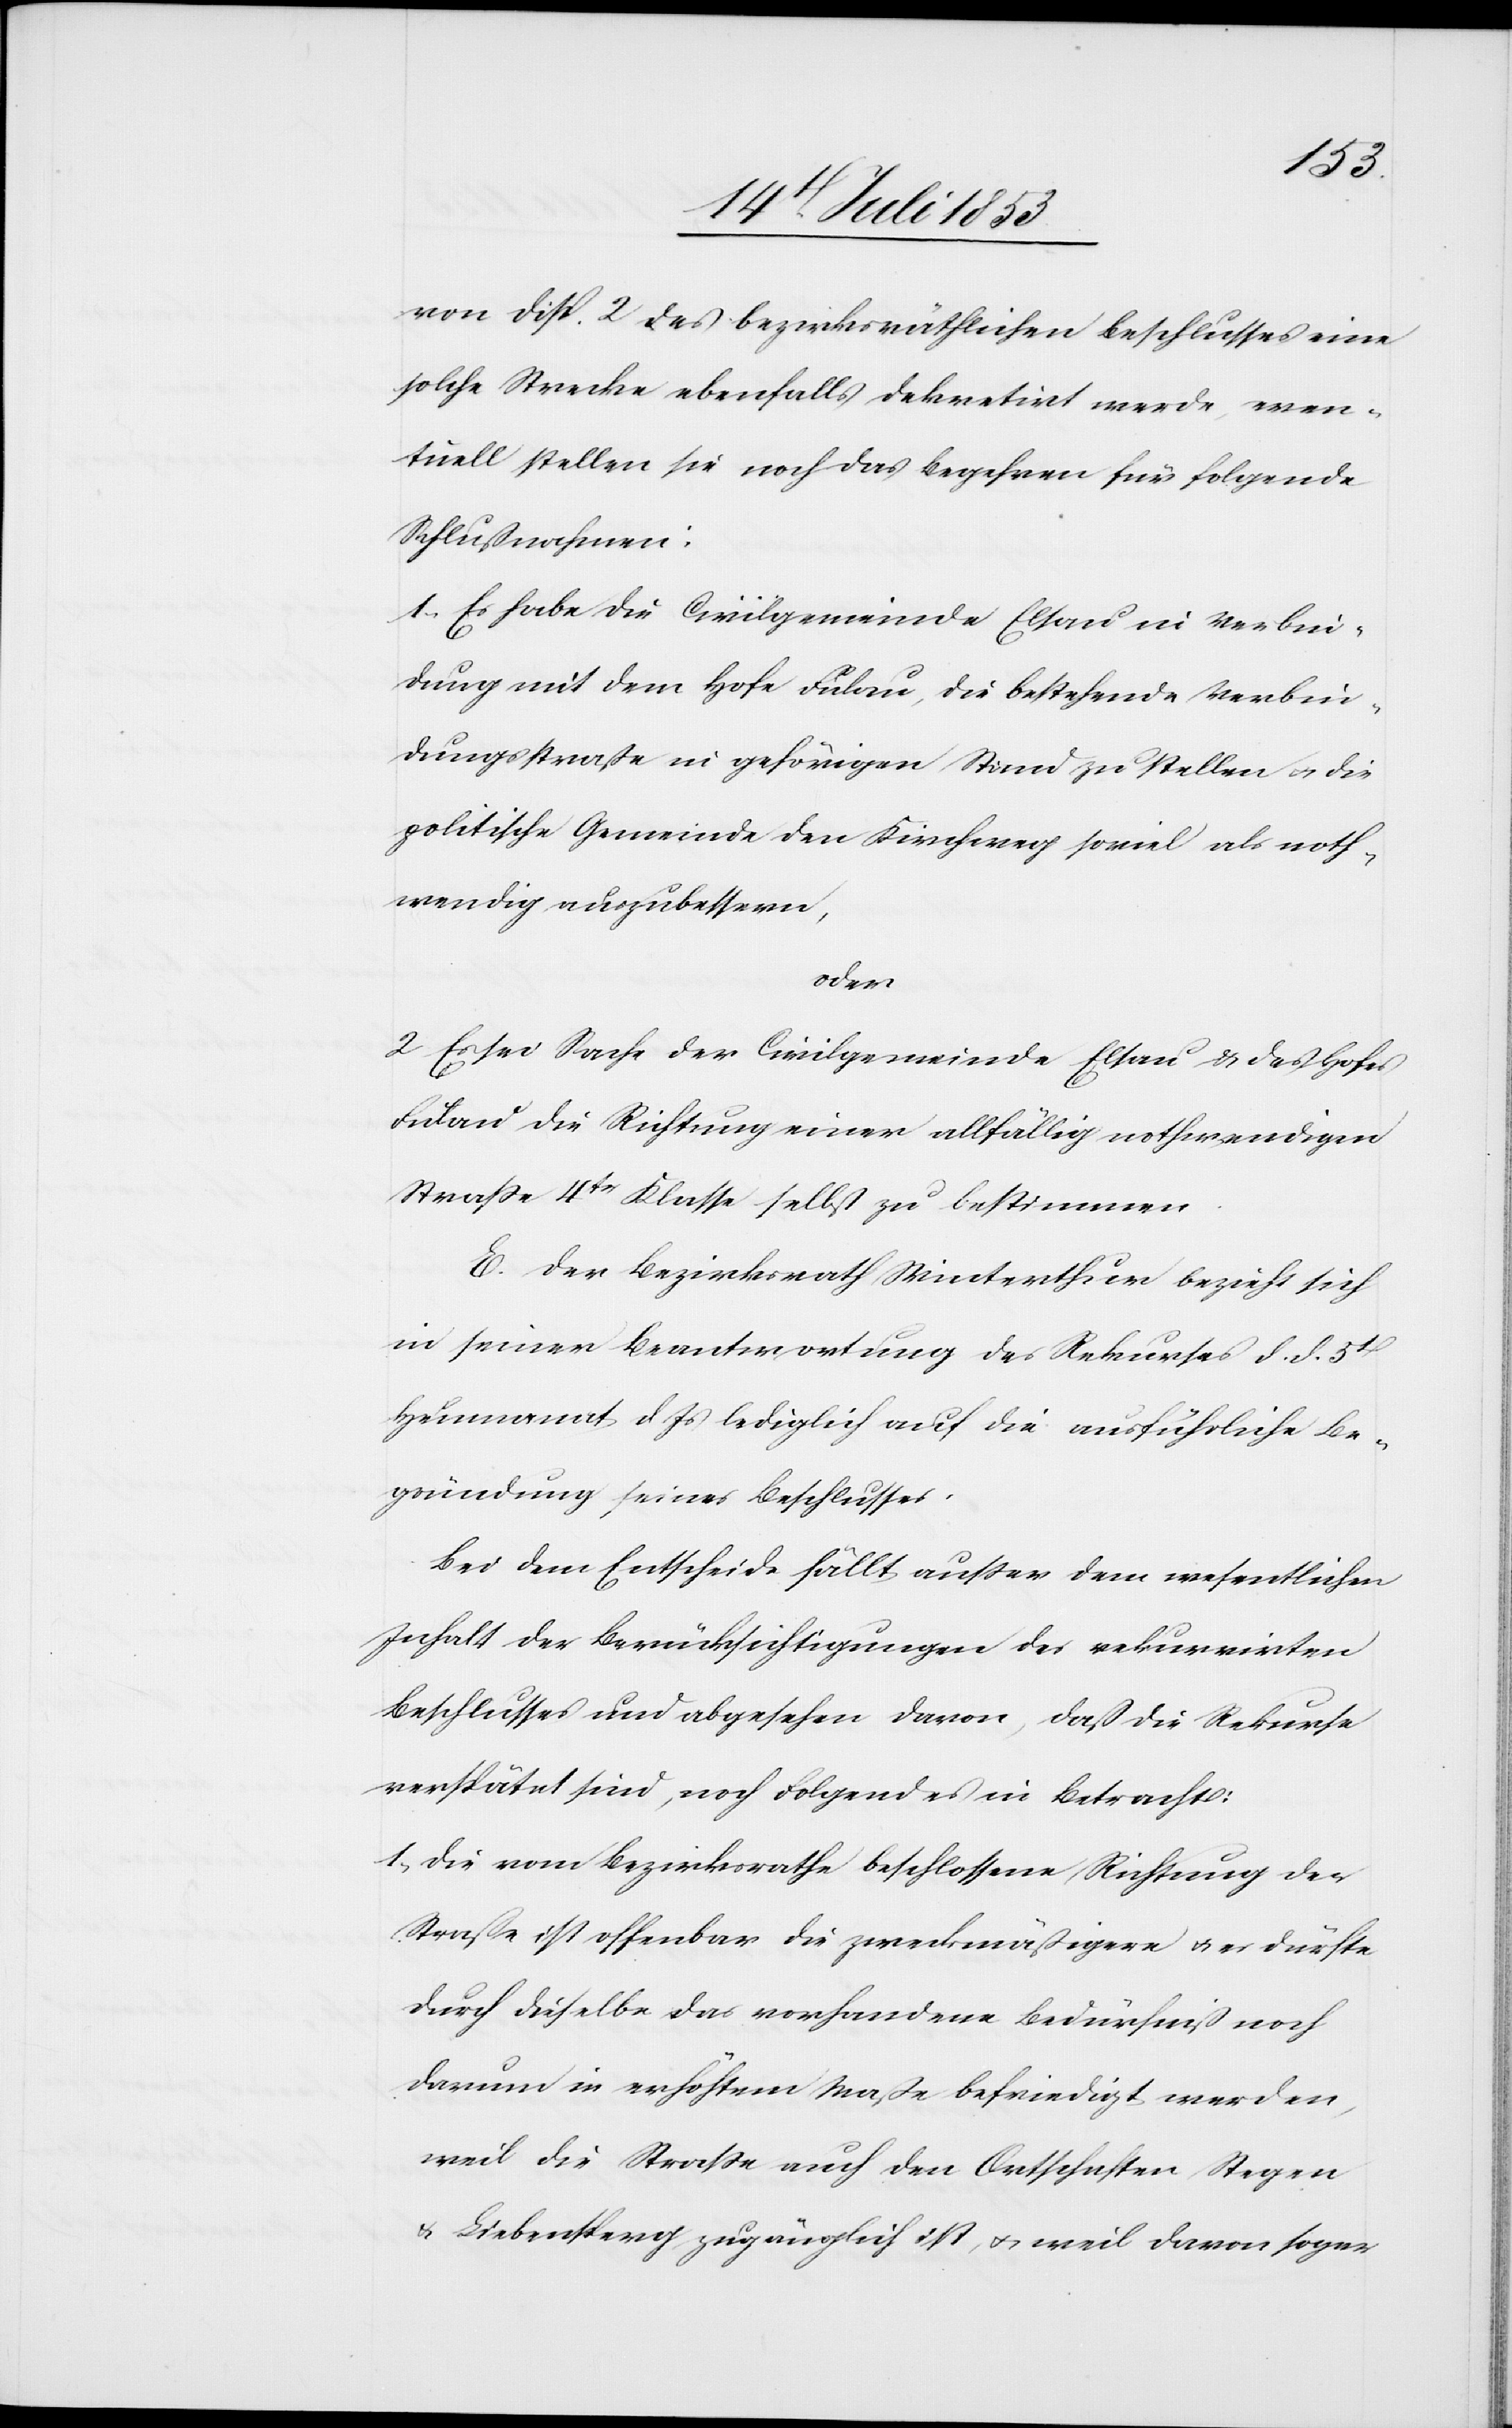
von Disp. 2 des bezirksräthlichen Beschlusses eine
solche Strecke ebenfalls dekretirt werde, even¬
tuell stellen sie noch das Begehren für folgende
Schlußnahmen:
1, Es habe die Civilgemeinde Elsau in Verbin¬
dung mit dem Hofe Fulau, die bestehende Verbin¬
dungsstraße in gehörigen Stand zu stellen u. die
politische Gemeinde den Kirchweg soviel als noth¬
wendig auszubessern,
oder,
2, Es sei Sache der Civilgemeinde Elsau u. des Hofes
Fulau die Richtung einer allfälligen nothwendigen
Straße 4tr Klasse selbst zu bestimmen.
E. Der Bezirksrath Winterthur bezieht sich
in seiner Beantwortung des Rekurses d. d. 5t
Heumonat d. Js. lediglich auf die ausführliche Be¬
gründung seines Beschlusses.
Bei dem Entscheide fällt außer dem wesentlichen
Inhalt der Berücksichtigungen des rekurrirten
Beschlußes und abgesehen davon, daß die Rekurse
verspätet sind, noch Folgendes in Betracht:
1, die vom Bezirksrathe beschlossene Richtung der
Straße ist offenbar die zweckmäßigere u. es dürfte
durch dieselbe das vorhandene Bedürfniß noch
darum in erhöhtem Maße befriedigt werden,
weil die Straße auch den Ortschaften Stegen
u. Liebensperg zugänglich ist, u. weil davon sogar